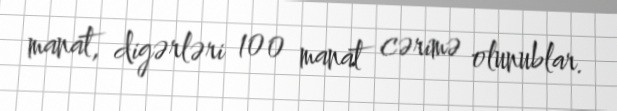
manat, digərləri 100 manat cərimə olunublar.